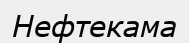
Нефтекама